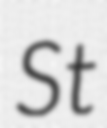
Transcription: St